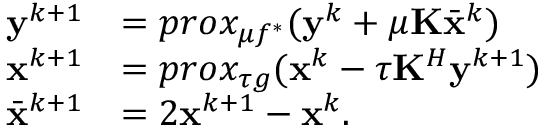
\begin{array} { r l } { \mathbf { y } ^ { k + 1 } } & { = p r o x _ { \mu f ^ { * } } ( \mathbf { y } ^ { k } + \mu \mathbf { K } \bar { \mathbf { x } } ^ { k } ) } \\ { \mathbf { x } ^ { k + 1 } } & { = p r o x _ { \tau g } ( \mathbf { x } ^ { k } - \tau \mathbf { K } ^ { H } \mathbf { y } ^ { k + 1 } ) } \\ { \bar { \mathbf { x } } ^ { k + 1 } } & { = 2 \mathbf { x } ^ { k + 1 } - \mathbf { x } ^ { k } . } \end{array}